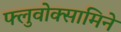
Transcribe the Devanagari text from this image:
फ्लुवोक्सामिने